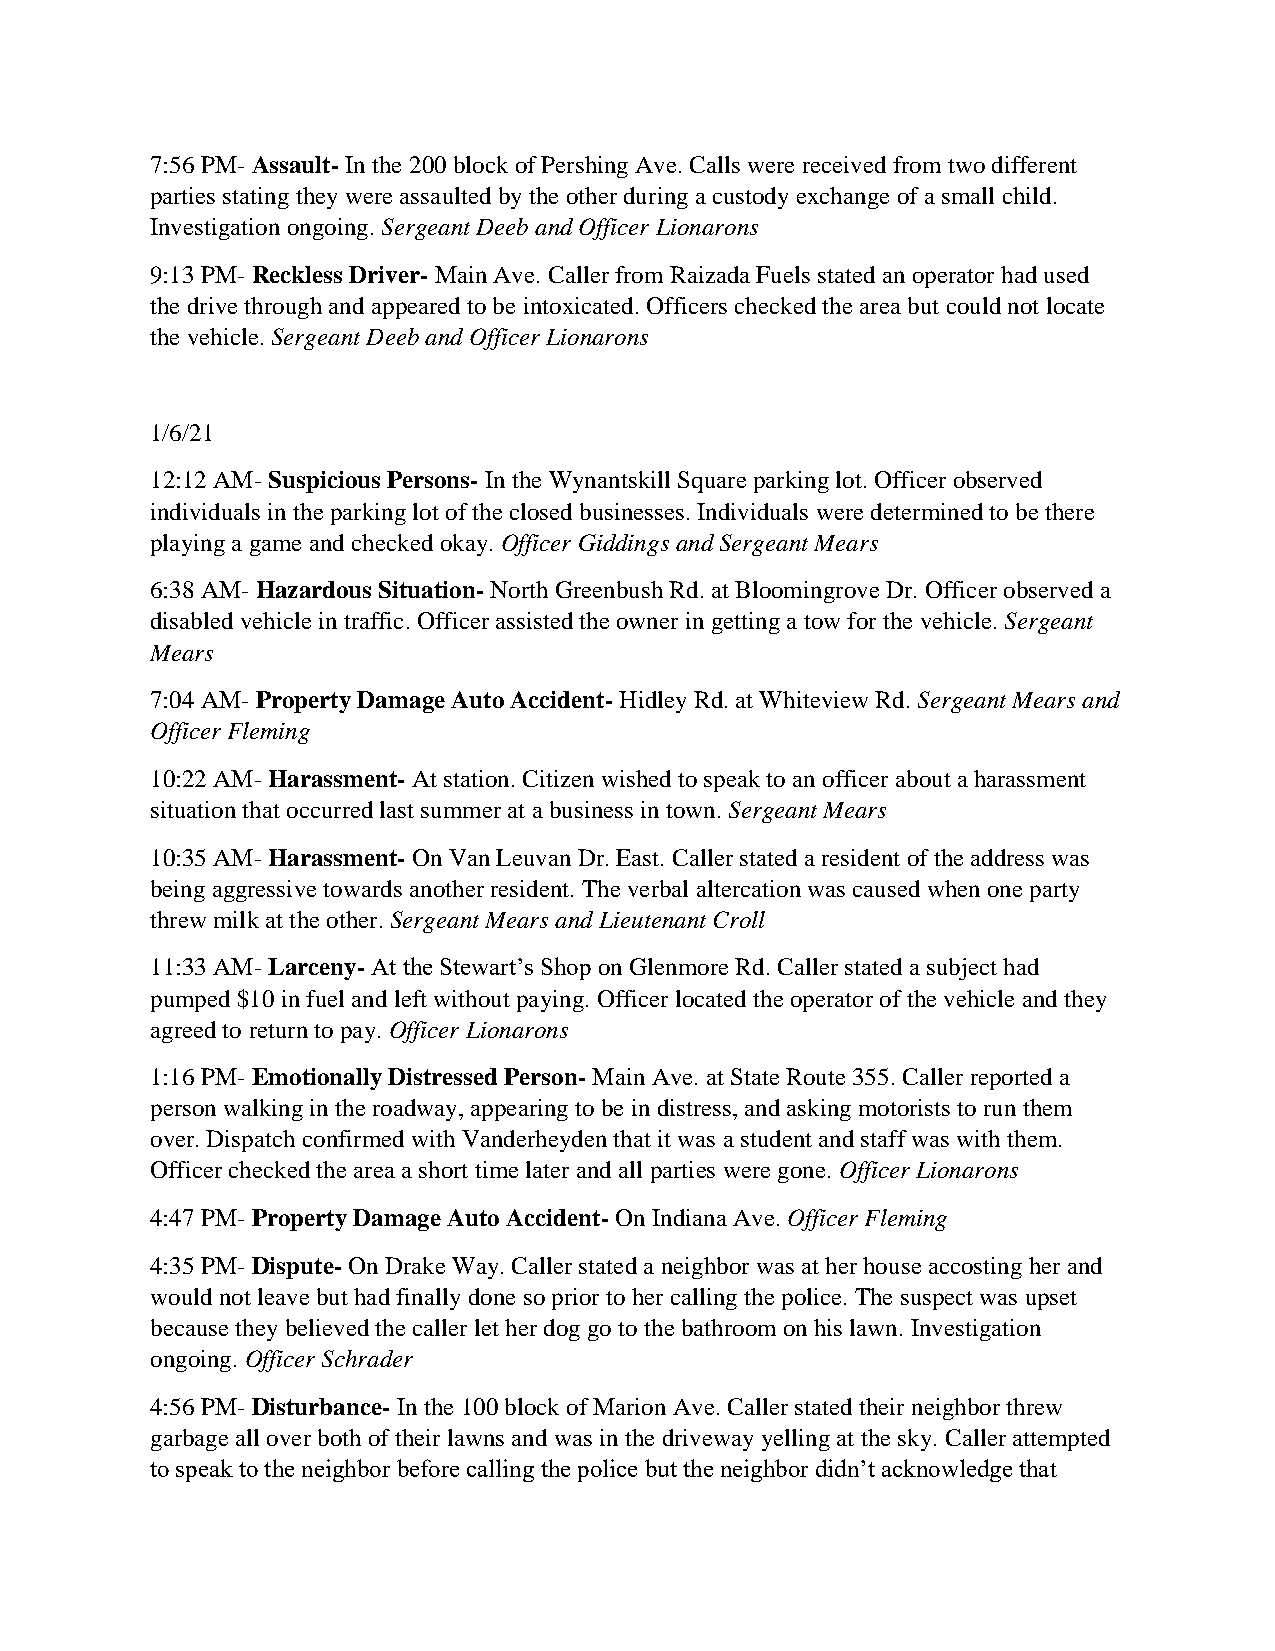
7:56 PM- Assault- In the 200 block of Pershing Ave. Calls were received from two different
 parties stating they were assaulted by the other during a custody exchange of a small child.
 Investigation ongoing. Sergeant Deeb and Officer Lionarons
 9:13 PM- Reckless Driver- Main Ave. Caller from Raizada Fuels stated an operator had used
 the drive through and appeared to be intoxicated. Officers checked the area but could not locate
 the vehicle. Sergeant Deeb and Officer Lionarons
 1/6/21
 12:12 AM- Suspicious Persons- In the Wynantskill Square parking lot. Officer observed
 individuals in the parking lot of the closed businesses. Individuals were determined to be there
 playing a game and checked okay. Officer Giddings and Sergeant Mears
 6:38 AM- Hazardous Situation- North Greenbush Rd. at Bloomingrove Dr. Officer observed a
 disabled vehicle in traffic. Officer assisted the owner in getting a tow for the vehicle. Sergeant
 Mears
 7:04 AM- Property Damage Auto Accident- Hidley Rd. at Whiteview Rd. Sergeant Mears and
 Officer Fleming
 10:22 AM- Harassment- At station. Citizen wished to speak to an officer about a harassment
 situation that occurred last summer at a business in town. Sergeant Mears
 10:35 AM- Harassment- On Van Leuvan Dr. East. Caller stated a resident of the address was
 being aggressive towards another resident. The verbal altercation was caused when one party
 threw milk at the other. Sergeant Mears and Lieutenant Croll
 11:33 AM- Larceny- At the Stewart’s Shop on Glenmore Rd. Caller stated a subject had
 pumped $10 in fuel and left without paying. Officer located the operator of the vehicle and they
 agreed to return to pay. Officer Lionarons
 1:16 PM- Emotionally Distressed Person- Main Ave. at State Route 355. Caller reported a
 person walking in the roadway, appearing to be in distress, and asking motorists to run them
 over. Dispatch confirmed with Vanderheyden that it was a student and staff was with them.
 Officer checked the area a short time later and all parties were gone. Officer Lionarons
 4:47 PM- Property Damage Auto Accident- On Indiana Ave. Officer Fleming
 4:35 PM- Dispute- On Drake Way. Caller stated a neighbor was at her house accosting her and
 would not leave but had finally done so prior to her calling the police. The suspect was upset
 because they believed the caller let her dog go to the bathroom on his lawn. Investigation
 ongoing. Officer Schrader
 4:56 PM- Disturbance- In the 100 block of Marion Ave. Caller stated their neighbor threw
 garbage all over both of their lawns and was in the driveway yelling at the sky. Caller attempted
 to speak to the neighbor before calling the police but the neighbor didn’t acknowledge that